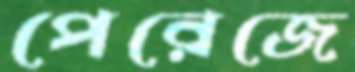
পেরেজে